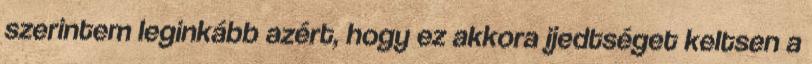
szerintem leginkább azért, hogy ez akkora ijedtséget keltsen a